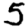
Digit: 5